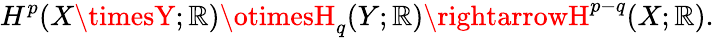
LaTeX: H^{p}(X\timesY;\mathbb{R})\otimesH_{q}(Y;\mathbb{R})\rightarrowH^{p-q}(X;\mathbb{R}).